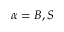
\alpha = B , S